Vaccination Hyderabad 1890-1903 - 1890-1903
Year: 1890
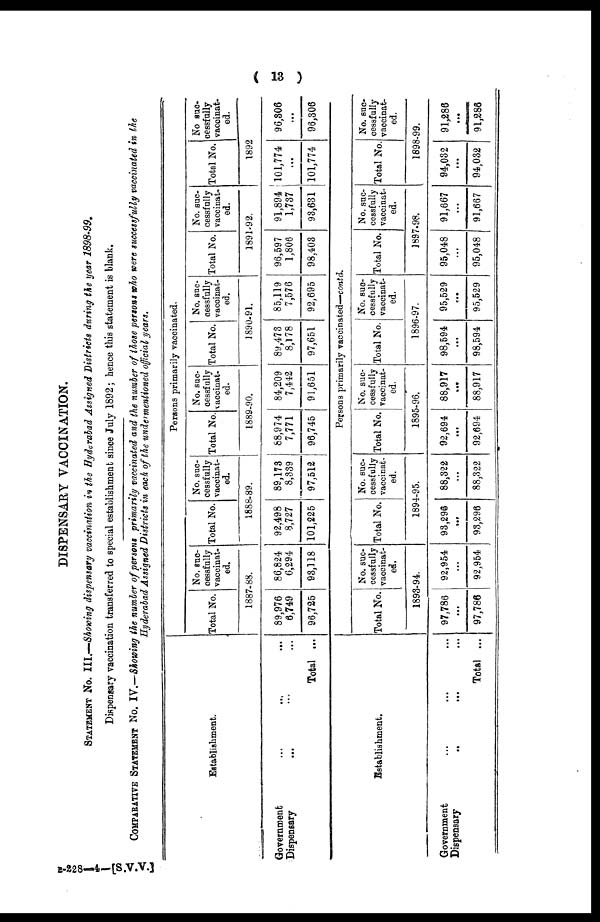
( 13 )
DISPENSARY VACCINATION.
STATEMENT No. III.—Showing dispensary vaccination in the Hyderabad Assigned Districts during the year 1898-99.
Dispensary vaccination transferred to special establishment since July 1892; hence this statement is blank.
COMPARATIVE STATEMENT No. IV.—Showing the number of persons primarily vaccinated and the number of those persons who were successfully vaccinated in the
Hyderabad Assigned Districts in each of the undermentioned official years.
Establishment.
Government
...
...
...
Dispensary ... ... ...
Total ...
ESTABLISHMENT.
Government ... ... ...
Dispensary .. ... ...
Total ...
Persons primarily vaccinated.
Total No.
No. suc-
cessfully
vaccinat-
ed.
1887-88.
89,976
6,749
96,725
86,824
6,294
93,118
Total No.
No. suc-
cessfully
vaccinat-
ed.
1888-89.
92,498
8,727
101,225
89,173
8,339
97,512
Total No.
No. suc-
cessfully
vaccinat-
ed.
1889-90.
88,974
7,771
96,745
84,209
7,442
91,651
Total No.
No. suc-
cessfully
vaccinat-
ed.
1890-91.
89,473
8,178
97,651
85,119
7,576
92,695
Total No.
No. suc-
cessfully
vaccinat-
ed.
1891-92.
96,597
1,806
98,403
91,894
1,737
93,631
Total No.
No suc-
cessfully
vaccinat-
ed.
1892
101,774
...
101,774
96,306
...
96,306
Persons primarily vaccinated—contd.
Total No.
No. suc-
cessfully
vaccinat-
ed.
1893-94.
97,786
...
97,786
92,954
...
92,954
Total No.
No. suc
cessfully
vaccinat-
ed.
1894-95.
93,296
...
93,296
88,322
...
88,322
Total No.
No. suc-
cessfully
vaccinat-
ed.
1895-96.
92,694
...
92,694
88,917
...
88,917
Total No.
No. suc-
cessfully
vaccinat-
ed.
1896-97.
98,594
...
98,594
95,529
...
95,529
Total No.
No. suc-
cessfully
vaccinat-
ed.
1897-98.
95,048
...
95,048
91,667
...
91,667
Total No.
No. suc-
cessfully
vaccinat-
ed.
1898-99.
94,032
...
94,032
91,286
...
91,286
B-228—4—[S.V.V.]